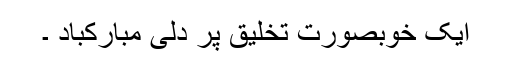
ایک خوبصورت تخلیق پر دلی مبارکباد ۔